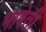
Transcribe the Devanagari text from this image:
भाषेती